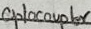
Text: Optocoupler